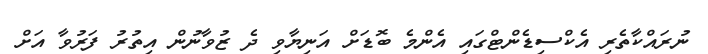
ނުރައްކާތެރި އެކްސިޑެންޓްގައި އެންމެ ބޮޑަށް އަނިޔާވި ދެ ޒުވާނުން އިތުރު ފަރުވާ އަށް